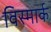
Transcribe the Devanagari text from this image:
विस्मार्क